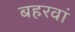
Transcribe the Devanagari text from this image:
बहरवां